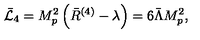
\bar { \cal L } _ { 4 } = M _ { p } ^ { 2 } \left( \bar { R } ^ { ( 4 ) } - \lambda \right) = 6 \bar { \Lambda } M _ { p } ^ { 2 } ,